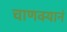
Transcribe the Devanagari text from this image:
चाणक्यानं